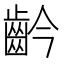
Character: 䶖